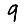
Digit: 9